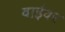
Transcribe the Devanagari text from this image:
वाईवर